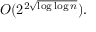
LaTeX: O ( 2 ^ { 2 { \sqrt { \log \log n } } } ) .